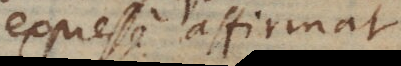
expresse affirmat